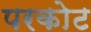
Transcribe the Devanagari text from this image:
परकाेट